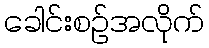
ခေါင်းစဉ်အလိုက်